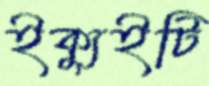
ইক্যুইটি